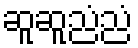
ဆူဆူညံညံ